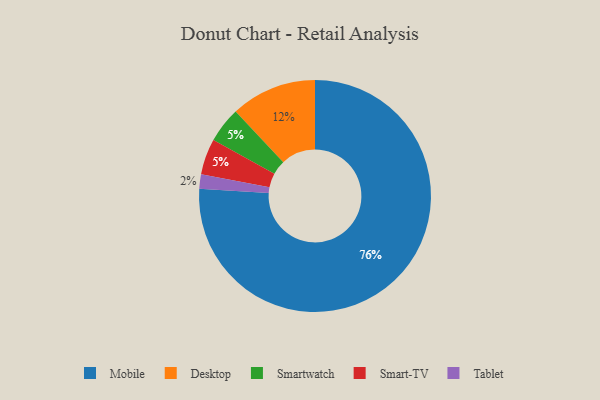
{"axis": {"x": "Category", "y": "Percentage"}, "legend": ["Desktop", "Mobile", "Smart-TV", "Smartwatch", "Tablet"], "data": [{"x": "Tablet", "y": 2, "type": "Tablet"}, {"x": "Desktop", "y": 12, "type": "Desktop"}, {"x": "Mobile", "y": 76, "type": "Mobile"}, {"x": "Smartwatch", "y": 5, "type": "Smartwatch"}, {"x": "Smart-TV", "y": 5, "type": "Smart-TV"}]}